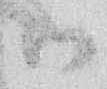
御